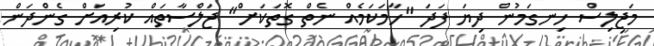
މަޖިލިސް ހިނގަމުން ދިޔަ ފަދަ "ހާމަކަމެއް ނެތް ގޮތަކަށް" ޖަލްސާތައް ކުރިއަށް ގެންދަން